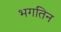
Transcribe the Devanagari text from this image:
भगतिन